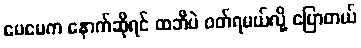
မေမေက နောက်ဆိုရင် ထဘီပဲ ဝတ်ရမယ်လို့ ပြောတယ်